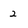
Character: 2